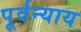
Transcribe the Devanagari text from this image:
पूर्वन्याय